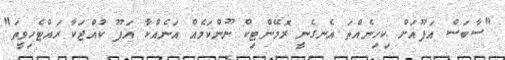
"ސާބަސް އަފޫއަށް ކިހިނެއްތަ އެނގެނީ ރޮމޭންޓިކް ނޫންކަމެއް އަނެއްކާ އަފޫ ކުއްޖަކާ ރައްޓެހިވީތަ"